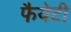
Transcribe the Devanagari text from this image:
फैयेटी